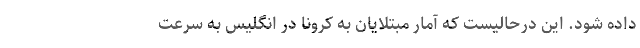
داده شود. این درحالیست که آمار مبتلایان به کرونا در انگلیس به سرعت